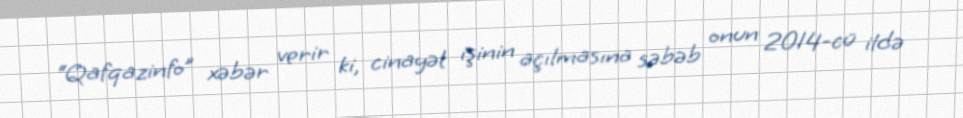
“Qafqazinfo” xəbər verir ki, cinayət işinin açılmasına səbəb onun 2014-cü ildə